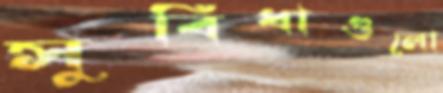
সুবিধাগুলো